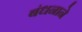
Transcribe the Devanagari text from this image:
बंधनाने